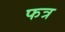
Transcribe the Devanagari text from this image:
फत्र